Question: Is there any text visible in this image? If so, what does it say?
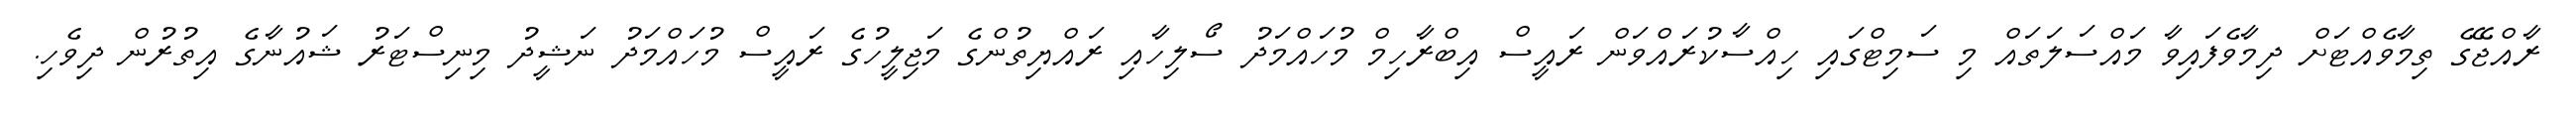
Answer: ރާއްޖޭގެ ތިމާވެއްޓަށް ދިމާވެފައިވާ މައްސަލަތައް މި ސަމިޓްގައި ހިއްސާކުރައްވަން ރައީސް އިބްރާހިމް މުހައްމަދު ސޯލިހާއި ރައްޔިތުންގެ މަޖިލީހުގެ ރައީސް މުހައްމަދު ނަޝީދު މިނިސްޓަރު ޝައުނާގެ އިތުރުން ދިވެހި.